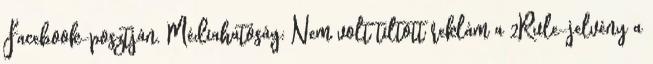
Facebook-posztján. Médiahatóság: Nem volt tiltott reklám a 2Rule-jelvény a